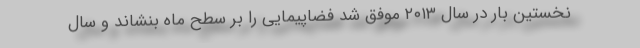
نخستین بار در سال ۲۰۱۳ موفق شد فضاپیمایی را بر سطح ماه بنشاند و سال